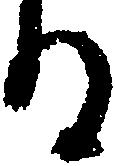
る